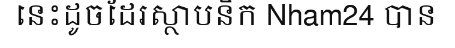
នេះដូចដែរស្ថាបនិក Nham24 បាន